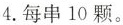
4.每串10颗。